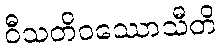
ဝီသတိဝဿောသီတိ